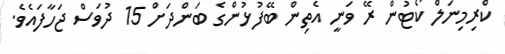
ކްރިމިނަލް ކޯޓުން ރޭ ވަނީ އެތިން ބޭފުޅުންގެ ބަންދަށް 15 ދުވަސް ޖަހާފައެވެ.